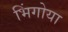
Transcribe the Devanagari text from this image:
भिंगोया